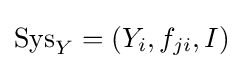
\operatorname {Sys} _{Y}=\left(Y_{i},f_{ji},I\right)